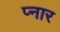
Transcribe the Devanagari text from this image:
प्नार